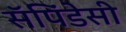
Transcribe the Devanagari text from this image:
सॅपिंडेसी